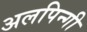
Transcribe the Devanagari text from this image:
अलपिन्गी